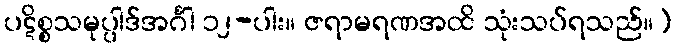
ပဋိစ္စသမုပ္ပါဒ်အင်္ဂါ ၁၂-ပါး။ ဇရာမရဏအထိ သုံးသပ်ရသည်။)